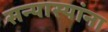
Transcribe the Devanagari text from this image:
सन्यास्यांना